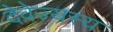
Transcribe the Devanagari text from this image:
देवेज्यस्य